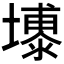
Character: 𪤦